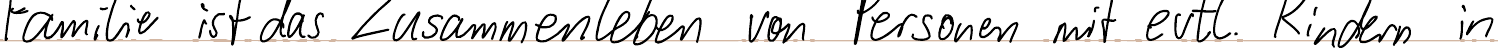
Familie ist das Zusammenleben von Personen mit evtl. Kindern in